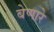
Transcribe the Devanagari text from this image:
बेणारे